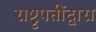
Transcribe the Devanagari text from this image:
राष्टृपतींद्वारा